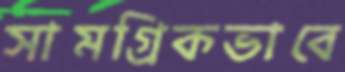
সামগ্রিকভাবে